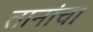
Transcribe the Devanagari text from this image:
तानांचा